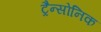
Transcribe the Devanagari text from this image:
ट्रैन्सोनिक